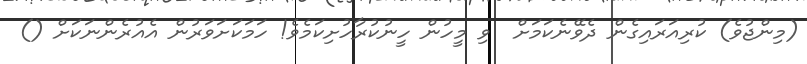
(މިންޖުވެ) ކުރިއަރައިގެން ދެވޭނެކަމަށް  ވި މީހުން ހީނުކުރާހުށިކަމެވެ! ހަމަކަށަވަރުން އެއުރެންނަކަށް ()